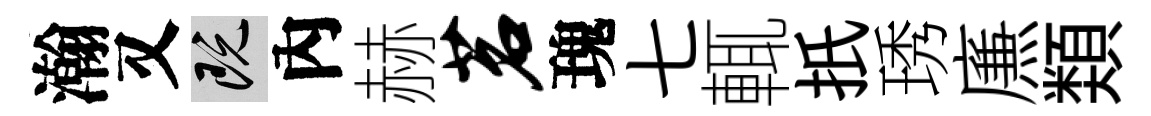
瀚又既內赫茗瑰七輒扺琇㢘𩔖